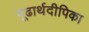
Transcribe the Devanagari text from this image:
गूढार्थदीपिका